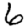
Digit: 6